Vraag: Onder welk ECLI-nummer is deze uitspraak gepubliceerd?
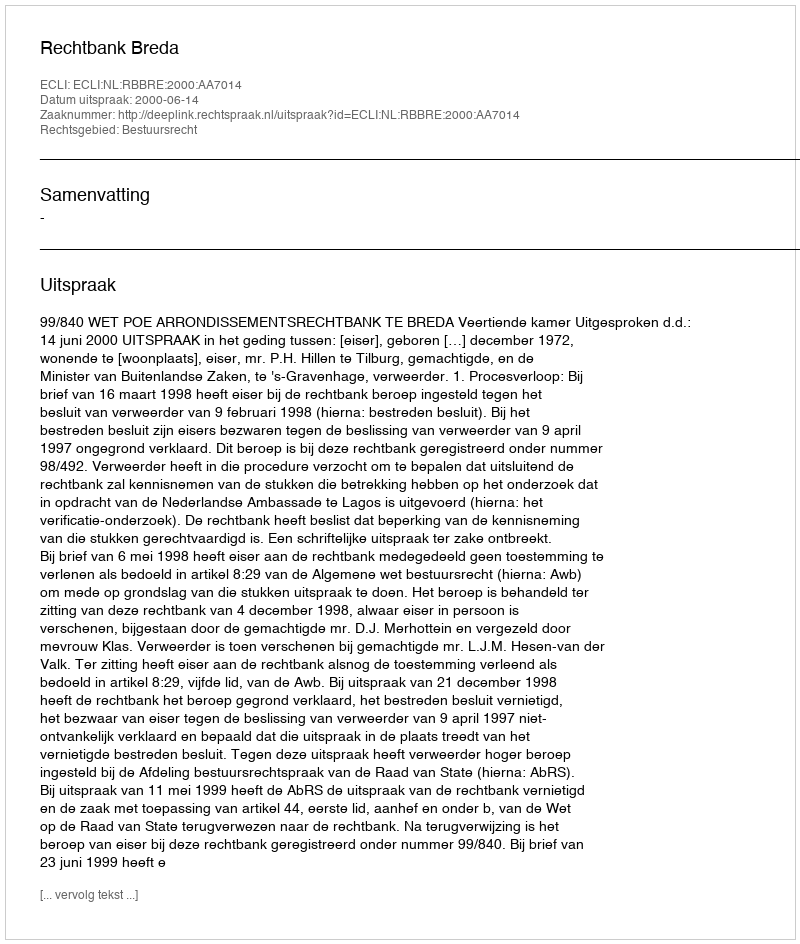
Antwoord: ECLI:NL:RBBRE:2000:AA7014